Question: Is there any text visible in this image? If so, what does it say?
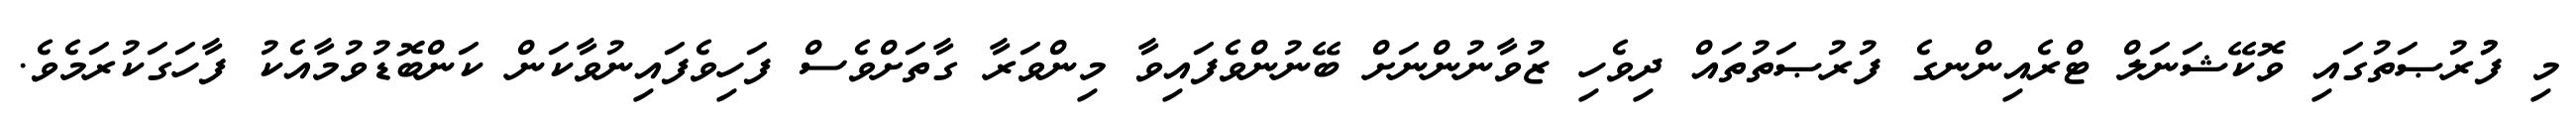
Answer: މި ފުުރުޞަތުގައި ވޮކޭޝަނަލް ޓްރެއިންނގެ ފުރުޞަތުތައް ދިވެހި ޒުވާނުންނަށް ބޭނުންވެފައިވާ މިންވަރާ ގާތަށްވެސް ފަހިވެފައިނުވާކަން ކަންބޮޑުވުމާއެކު ފާހަގަކުރަމެވެ.